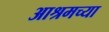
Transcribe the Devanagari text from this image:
आश्रमच्या